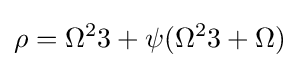
\rho =\Omega ^{2}3+\psi (\Omega ^{2}3+\Omega )